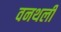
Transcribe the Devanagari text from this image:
वनथली